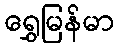
ရွှေမြန်မာ